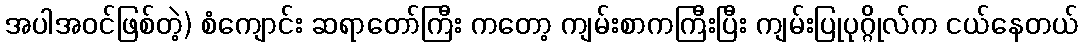
အပါအဝင်ဖြစ်တဲ့) စံကျောင်း ဆရာတော်ကြီး ကတော့ ကျမ်းစာကကြီးပြီး ကျမ်းပြုပုဂ္ဂိုလ်က ငယ်နေတယ်